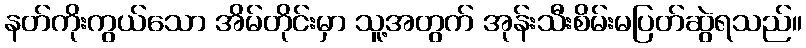
နတ်ကိုးကွယ်သော အိမ်တိုင်းမှာ သူ့အတွက် အုန်းသီးစိမ်းမပြတ်ဆွဲရသည်။